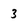
Character: 3